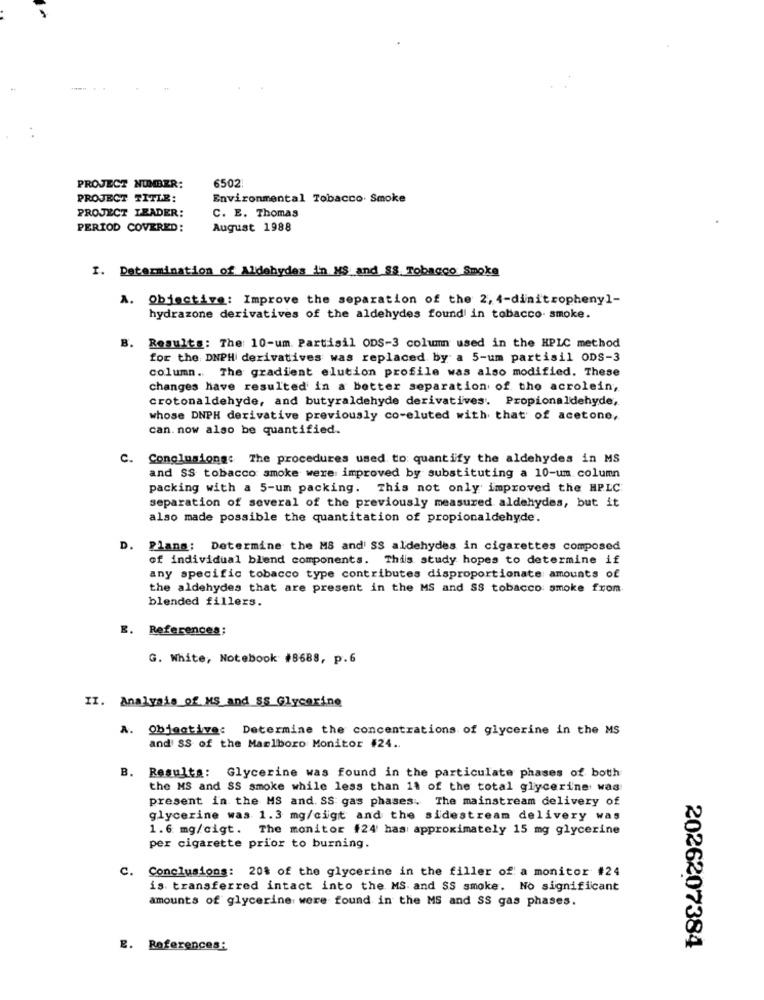
PROJECT NUMBER:
6502
PROJECT TITLE:
Environmental Tobacco. Smoke
PROJECT LEADER:
C. E. Thomas
PERIOD COVERED:
August 1988
I. Determination of Aldehydes in MS and SS Tobacco Smoke
A. Objective: Improve the separation of the 2, 4-dinitrophenyl-
hydrazone derivatives of the aldehydes found in tobacco. smoke.
B. Results: The: 10-um. Partisil ODS-3 column used in the HPLC method
for the DNPH derivatives was replaced by a 5-um partisil ODS-3
column. The gradient elution profile was also modified. These
changes have resulted in a better separation of the acrolein,
crotonaldehyde, and butyraldehyde derivatives. Propionaldehyde,
whose DNPH derivative previously co-eluted with that of acetone,
can. now also be quantified.
C. Conclusiong: The procedures used to quantify the aldehydes in MS
and SS tobacco smoke were improved by substituting a 10-um column
packing with a 5-um packing. This not only improved the HPLC
separation of several of the previously measured aldehydes, but it
also made possible the quantitation of propionaldehyde.
D. Plans: Determine the MS and' SS aldehydes in cigarettes composed
of individual blend components. This study hopes to determine if
any specific tobacco type contributes disproportionate amounts of
the aldehydes that are present in the MS and SS tobacco smoke from
blended fillers.
E. References;
G. White, Notebook #8688, p.6
II. Analysis of MS and Ss Glycerine
A. Objective: Determine the concentrations of glycerine in the MS
and SS of the Marlboro Monitor #24 ..
B. Results: Glycerine was found in the particulate phases of both
the MS and SS smoke while less than 1% of the total glycerine was
present in the MS and. SS gas phases. The mainstream delivery of
glycerine was 1.3 mg/cigt and the sidestream delivery was
1.6 mg/cigt. The monitor #24 has approximately 15 mg glycerine
per cigarette prior to burning.
C.
Conclusions: 20% of the glycerine in the filler of a monitor #24
is transferred intact into the MS. and SS smoke. No significant
amounts of glycerine were found in the MS and SS gas phases.
E. References:
2026207384